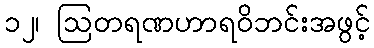
၁၂၊ ဩတရဏဟာရဝိဘင်းအဖွင့်